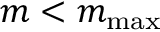
m < m _ { \mathrm { m a x } }